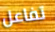
تفاعل